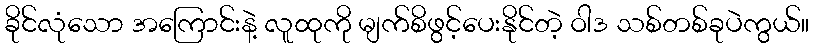
ခိုင်လုံသော အကြောင်းနဲ့ လူထုကို မျက်စိဖွင့်ပေးနိုင်တဲ့ ဝါဒ သစ်တစ်ခုပဲကွယ်။